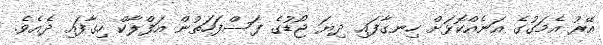
އޭރު އެމަގުގެ އަނެއްކޮޅަށް ހިނގާފައި ދިޔަ ޖޯޑުގެ ފަސްފަހަތުން އަފްލާކް ހިގާފައި ދެއެވެ.